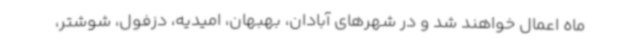
ماه اعمال خواهند شد و در شهرهای آبادان، بهبهان، امیدیه، دزفول، شوشتر،